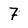
Character: 7